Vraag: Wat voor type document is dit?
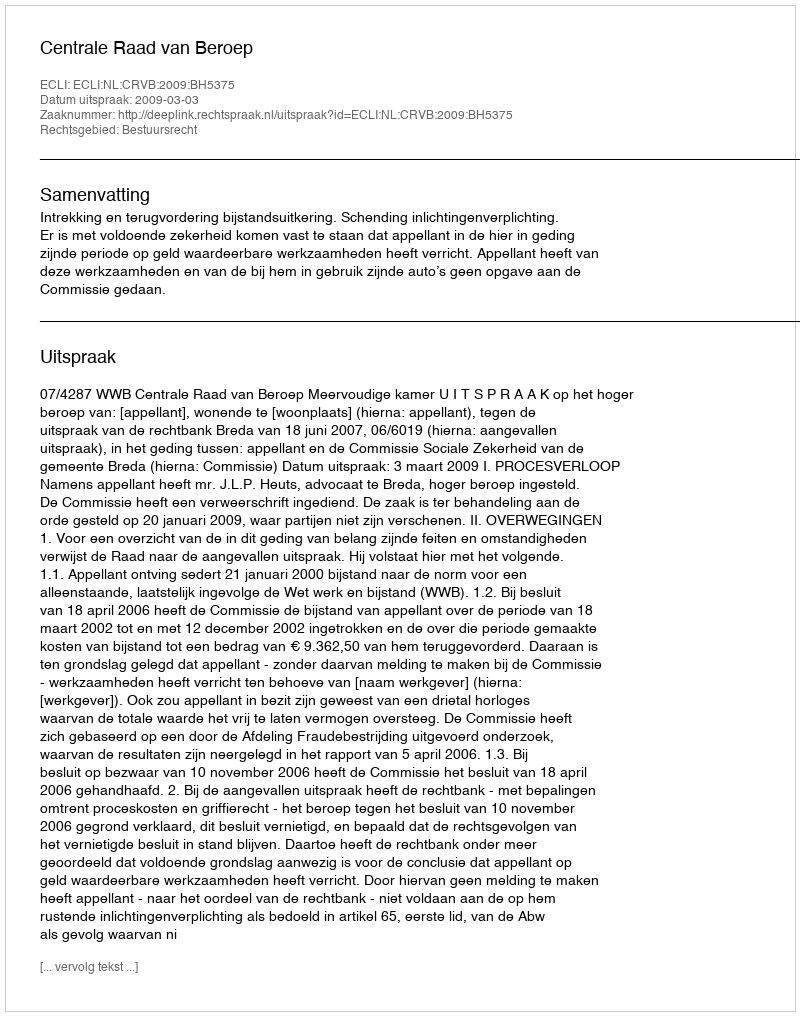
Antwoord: Uitspraak